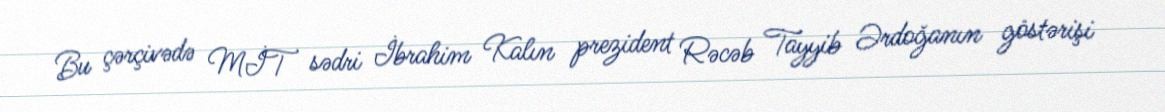
Bu çərçivədə MİT sədri İbrahim Kalın prezident Rəcəb Tayyib Ərdoğanın göstərişi